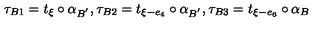
\tau _ { B 1 } = t _ { \xi } \circ \alpha _ { B ^ { ' } } , \tau _ { B 2 } = t _ { \xi - e _ { 4 } } \circ \alpha _ { B ^ { ' } } , \tau _ { B 3 } = t _ { \xi - e _ { 6 } } \circ \alpha _ { B }